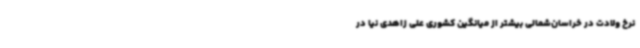
نرخ ولادت در خراسان‌شمالی بیشتر از میانگین کشوری علی زاهدی نیا در